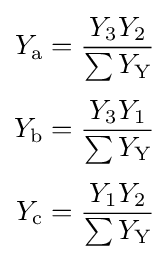
{\begin{aligned}Y_{\text{a}}&={\frac {Y_{3}Y_{2}}{\sum Y_{\text{Y}}}}\\[3pt]Y_{\text{b}}&={\frac {Y_{3}Y_{1}}{\sum Y_{\text{Y}}}}\\[3pt]Y_{\text{c}}&={\frac {Y_{1}Y_{2}}{\sum Y_{\text{Y}}}}\end{aligned}}